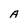
Character: A